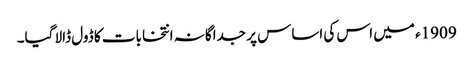
1909ء میں اس کی اساس پر جداگانہ انتخابات کا ڈول ڈالا گیا۔